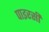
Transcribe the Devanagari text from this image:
पाइरसी